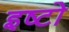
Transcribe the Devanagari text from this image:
इष्टो